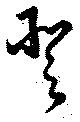
登